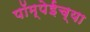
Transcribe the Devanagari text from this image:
पॉम्पेईच्या